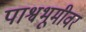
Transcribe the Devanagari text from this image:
पाश्वभूमीवर